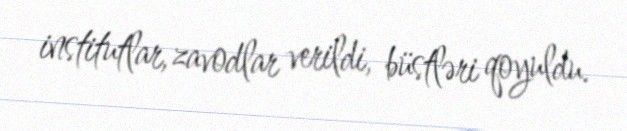
institutlar, zavodlar verildi, büstləri qoyuldu.